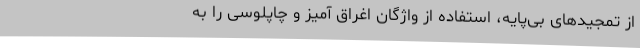
از تمجید‌های بی‌پایه، استفاده از واژگان اغراق آمیز و چاپلوسی را به